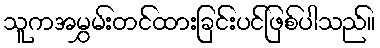
သူကအမွှမ်းတင်ထားခြင်းပင်ဖြစ်ပါသည်။